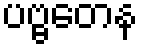
ပဗ္ဗတေန